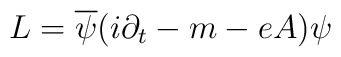
L =  \overline{\psi} (i\partial_{t} - m - eA)\psi